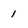
Character: 1